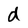
Character: d